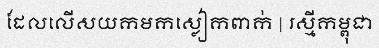
ដែលលើសយកមកស្លៀកពាក់ | រស្មីកម្ពុជា